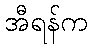
အီရန်က